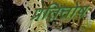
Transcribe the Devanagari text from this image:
प्रतितोष